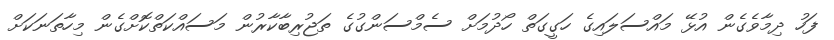
ފަހު ދިމާވެގެން އުޅޭ މައްސަލައިގެ ހަގީގަތް ހޯދުމަށް ސެމްސަންގުގެ ތަޖުރިބާކާރުން މަސައްކަތްކޮށްގެން މިހާތަނަކަށް